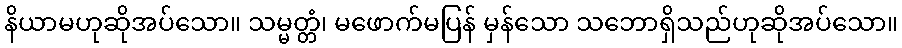
နိယာမဟုဆိုအပ်သော။ သမ္မတ္တံ၊ မဖောက်မပြန် မှန်သော သဘောရှိသည်ဟုဆိုအပ်သော။